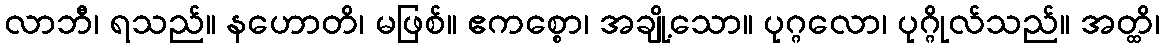
လာဘီ၊ ရသည်။ နဟောတိ၊ မဖြစ်။ ဧကစ္စော၊ အချို့သော။ ပုဂ္ဂလော၊ ပုဂ္ဂိုလ်သည်။ အတ္ထိ၊